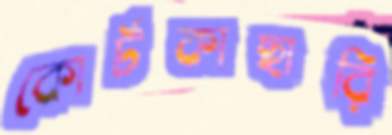
কোর্টকাছারি